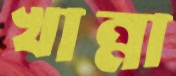
খান্না